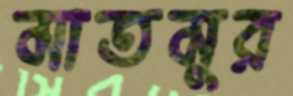
মাতমুর